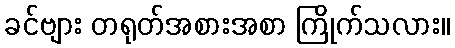
ခင်ဗျား တရုတ်အစားအစာ ကြိုက်သလား။